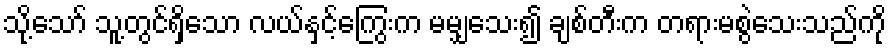
သို့သော် သူ့တွင်ရှိသော လယ်နှင့်ကြွေးက မမျှသေး၍ ချစ်တီးက တရားမစွဲသေးသည်ကို